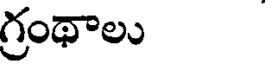
గ్రంథాలు